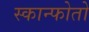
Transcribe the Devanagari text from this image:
स्कान्फोतो